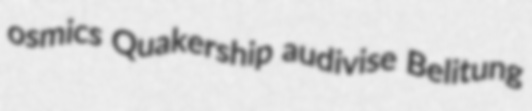
osmics Quakership audivise Belitung